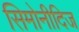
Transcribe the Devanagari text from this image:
सिमोनीदिज